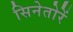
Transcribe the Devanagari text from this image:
सिनेतोरें